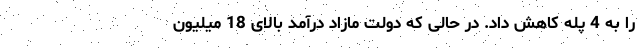
را به 4 پله کاهش داد. در حالی که دولت مازاد درآمد بالای 18 میلیون